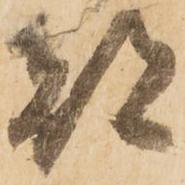
都